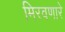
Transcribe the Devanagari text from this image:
मिरवणारे